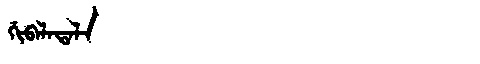
Manchu: ᡤᡳᠪᠠᠯᠠᡨᠠᠯᠠ
Romanization: GIBALATALA